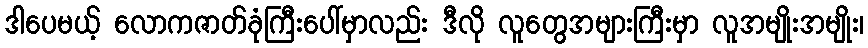
ဒါပေမယ့် လောကဇာတ်ခုံကြီးပေါ်မှာလည်း ဒီလို လူတွေအများကြီးမှာ လူအမျိုးအမျိုး၊